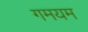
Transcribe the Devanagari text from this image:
गमयम